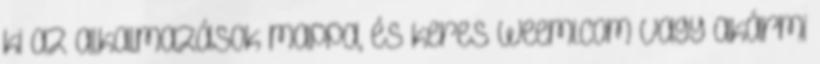
ki az alkalmazások mappa, és keres Weemi.com vagy akármi